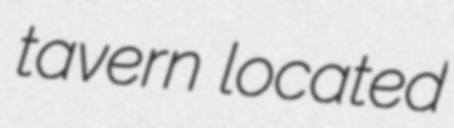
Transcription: tavern located